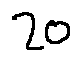
2 0